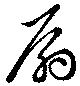
扇